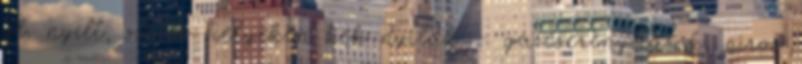
pl. nyílt, szeles helyeken kék nyilak – gázcserenyílások, piros